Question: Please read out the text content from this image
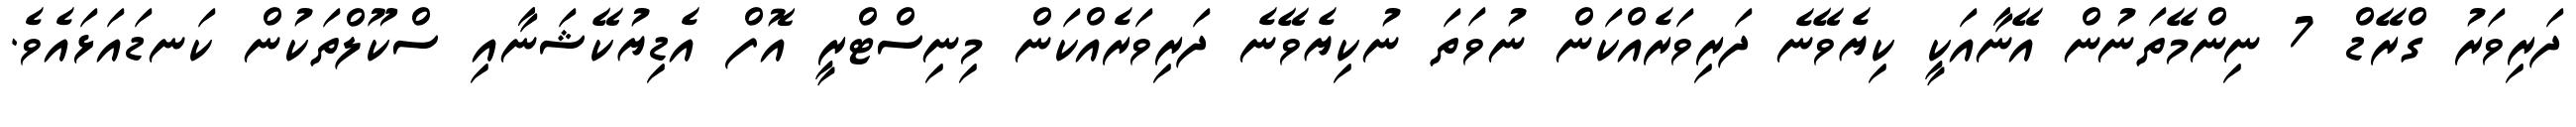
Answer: ދަރިވަރު ގްރޭޑް 7 ނިންމޭތަނުން އޭނާއަކީ ކިޔެވޭނެ ދަރިވަރެއްކަން ނުވަތަ ނުކިޔެވޭނެ ދަރިވަރެއްކަން މިނިސްޓްރީ އޮފް އެޑިޔުކޭޝަނާއި ސްކޫލްތަކުން ކަނޑައަޅައެވެ.